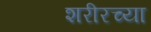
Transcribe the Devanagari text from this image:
शरीरच्या